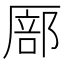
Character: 𫨚